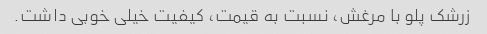
زرشک پلو با مرغش، نسبت به قیمت، کیفیت خیلی خوبی داشت.